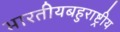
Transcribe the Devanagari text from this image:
भारतीयबहुराष्ट्रीय